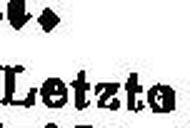
Letzte